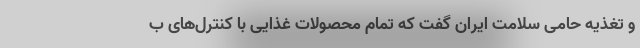
و تغذیه حامی سلامت ایران گفت که تمام محصولات غذایی با کنترل‌های ب